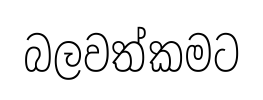
බලවත්කමට